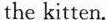
the kitten.